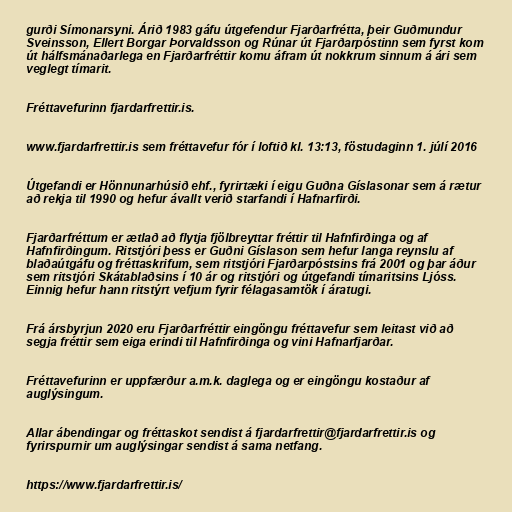
gurði Símonarsyni. Árið 1983 gáfu útgefendur Fjarðarfrétta, þeir Guðmundur
Sveinsson, Ellert Borgar Þorvaldsson og Rúnar út Fjarðarpóstinn sem fyrst kom
út hálfsmánaðarlega en Fjarðarfréttir komu áfram út nokkrum sinnum á ári sem
veglegt tímarit.

Fréttavefurinn fjardarfrettir.is.

www.fjardarfrettir.is sem fréttavefur fór í loftið kl. 13:13, föstudaginn 1. júlí 2016

Útgefandi er Hönnunarhúsið ehf., fyrirtæki í eigu Guðna Gíslasonar sem á rætur
að rekja til 1990 og hefur ávallt verið starfandi í Hafnarfirði.

Fjarðarfréttum er ætlað að flytja fjölbreyttar fréttir til Hafnfirðinga og af
Hafnfirðingum. Ritstjóri þess er Guðni Gíslason sem hefur langa reynslu af
blaðaútgáfu og fréttaskrifum, sem ritstjóri Fjarðarpóstsins frá 2001 og þar áður
sem ritstjóri Skátablaðsins í 10 ár og ritstjóri og útgefandi tímaritsins Ljóss.
Einnig hefur hann ritstýrt vefjum fyrir félagasamtök í áratugi.

Frá ársbyrjun 2020 eru Fjarðarfréttir eingöngu fréttavefur sem leitast við að
segja fréttir sem eiga erindi til Hafnfirðinga og vini Hafnarfjarðar.

Fréttavefurinn er uppfærður a.m.k. daglega og er eingöngu kostaður af
auglýsingum.

Allar ábendingar og fréttaskot sendist á fjardarfrettir@fjardarfrettir.is og
fyrirspurnir um auglýsingar sendist á sama netfang.

https://www.fjardarfrettir.is/